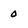
Character: 0